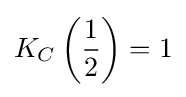
K_{C}\left({\frac {1}{2}}\right)=1